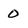
Character: 0